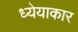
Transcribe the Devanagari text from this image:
ध्येयाकार